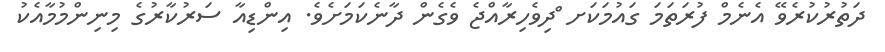
ދަތުރުކުރެވޭ އެނެމް ފުރަތަމަ ގައުމަކަށ ްދިވެހިރާއްޖެ ވެގެން ދާނެކަމަށެވެ. އިންޑިއާ ސަރުކާރުގެ މިނިންމުމާއެކު